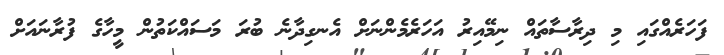
ފަހަރެއްގައި މި ދިރާސާތައް ނިމޭއިރު އަހަރެމެންނަށް އެނގިދާނެ ބުރަ މަސައްކަތުން މީހާގެ ފުރާނައަށް